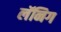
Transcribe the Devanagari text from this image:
लॅनिग